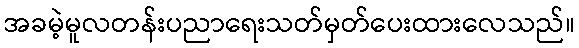
အခမဲ့မူလတန်းပညာရေးသတ်မှတ်ပေးထားလေသည်။